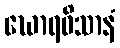
ဃောရဝိသာနံ